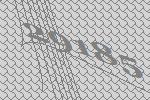
29185